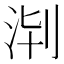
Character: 𣴈